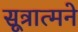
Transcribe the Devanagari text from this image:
सूत्रात्मने